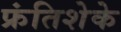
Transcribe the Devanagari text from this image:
फ्रंतिशेके